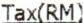
TAX(RM)